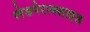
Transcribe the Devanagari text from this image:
लेडपेराक्साइड